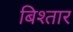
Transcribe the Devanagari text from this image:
बिश्तार